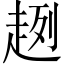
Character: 趔